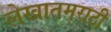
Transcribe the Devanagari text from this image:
लेखातमराठी